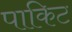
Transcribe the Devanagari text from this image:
पाकिट